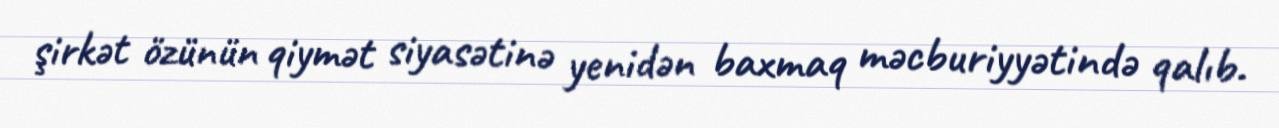
şirkət özünün qiymət siyasətinə yenidən baxmaq məcburiyyətində qalıb.